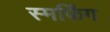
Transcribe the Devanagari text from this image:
स्मर्फिंग